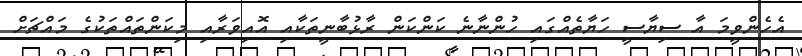
އެހެންވީމަ އާ ސިޔާސީ ހަޔާތެއްގައި ހުންނާނެ ކަންކަން ރާޅުބާނީތަކާއި އޮއިވަރާއި މިކަންތައްތަކުގެ މައްޗަށް